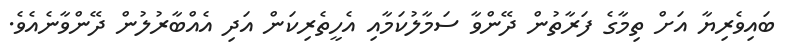
ބައިވެރިޔާ އަށް ތިމާގެ ފަރާތުން ދޭންވާ ސަމާލުކަމާއި އެހީތެރިކަން އަދި އެއްބާރުލުން ދޭންވާނެއެވެ.